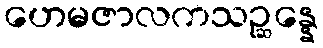
ဟေမဇာလကသဉ္ဆန္နေ